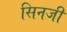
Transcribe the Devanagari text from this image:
सिनजी